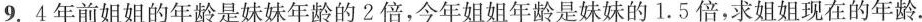
9.4年前姐姐的年龄是妹妹年龄的2倍，今年姐姐年龄是妹妹的1.5倍，求姐姐现在的年龄。